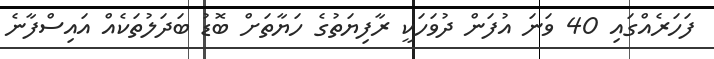
ފަހަރެއްގައި 40 ވަނަ އުފަން ދުވަހަކީ ރާފިޔަތުގެ ހަޔާތަށް ބޮޑު ބަދަލުތަކެއް އައިސްފާނެ